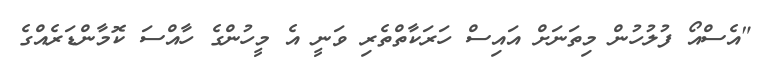
"އެސްއޯ ފުލުހުން މިތަނަށް އައިސް ހަރަކާތްތެރި ވަނީ އެ މީހުންގެ ހާއްސަ ކޮމާންޑަރެއްގެ